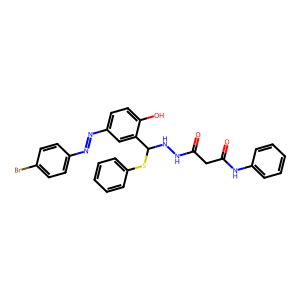
SMILES: O=C(CC(=O)Nc1ccccc1)NNC(Sc1ccccc1)c1cc(N=Nc2ccc(Br)cc2)ccc1O
Inhibits HIV replication: No